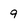
Character: 9